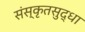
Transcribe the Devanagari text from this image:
संस्कृतसुद्धा